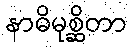
နာဓိမုစ္ဆိတာ